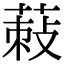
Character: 𦵪